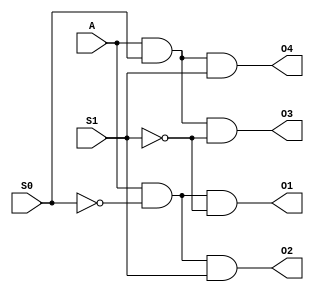
module one_to_four_demux(
    input S0, S1, A,
    output O1, O2, O3, O4
    );
    
    assign O1 = A & ~S0 & ~S1;
    assign O2 = A & ~S0 & S1;
    assign O3 = A & S0 & ~S1;
    assign O4 = A & S0 & S1;
endmodule